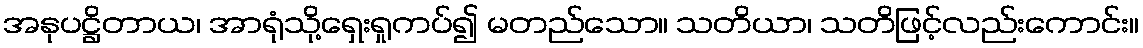
အနုပဋ္ဌိတာယ၊ အာရုံသို့ရှေးရှုကပ်၍ မတည်သော။ သတိယာ၊ သတိဖြင့်လည်းကောင်း။